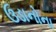
ઉડાનોના